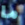
ما